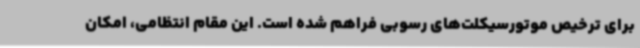
برای ترخیص موتورسیکلت‌های رسوبی فراهم شده است. این مقام انتظامی، امکان